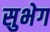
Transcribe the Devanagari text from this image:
सुभेग